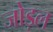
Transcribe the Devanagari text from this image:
जोड़ल